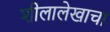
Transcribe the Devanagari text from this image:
शीलालेखाचा